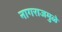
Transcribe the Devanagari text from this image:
नागराजमुळे